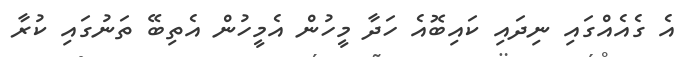
އެ ގެއެއްގައި ނިދައި ކައިބޮއެ ހަދާ މީހުން އެމީހުން އެތިބޭ ތަނުގައި ކުރާ